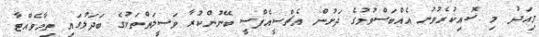
މިއަދު މި ސޮއިކުރެވުނު އެއްބަސްވުމުގެ ދަށުން އެޗްސީއެފްސީ ބޭނުންކުރާ ވަސީލަތްތަކުގެ ބަދަލުގައި ތިމާވެއްޓާ